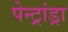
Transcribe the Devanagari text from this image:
पेन्ट्रांड्रा